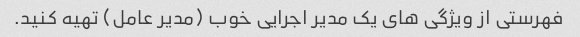
فهرستی از ویژگی های یک مدیر اجرایی خوب (مدیر عامل) تهیه کنید.